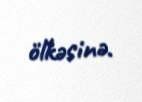
ölkəsinə.